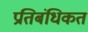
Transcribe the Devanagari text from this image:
प्रतिबंधिकत